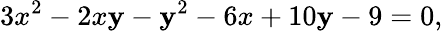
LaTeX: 3x^{2}-2x\mathbf{y}-\mathbf{y}^{2}-6x+10\mathbf{y}-9=0,